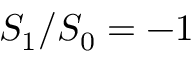
S _ { 1 } / S _ { 0 } = - 1